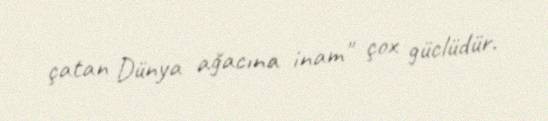
çatan Dünya ağacına inam" çox güclüdür.